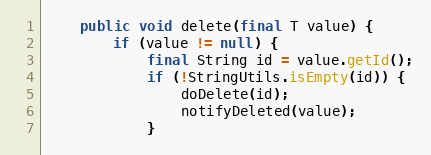
Language: Java
    public void delete(final T value) {
        if (value != null) {
            final String id = value.getId();
            if (!StringUtils.isEmpty(id)) {
                doDelete(id);
                notifyDeleted(value);
            }